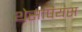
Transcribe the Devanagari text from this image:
थेसपियंस